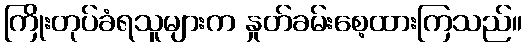
ကြိုးတုပ်ခံရသူများက နှုတ်ခမ်းစေ့ထားကြသည်။